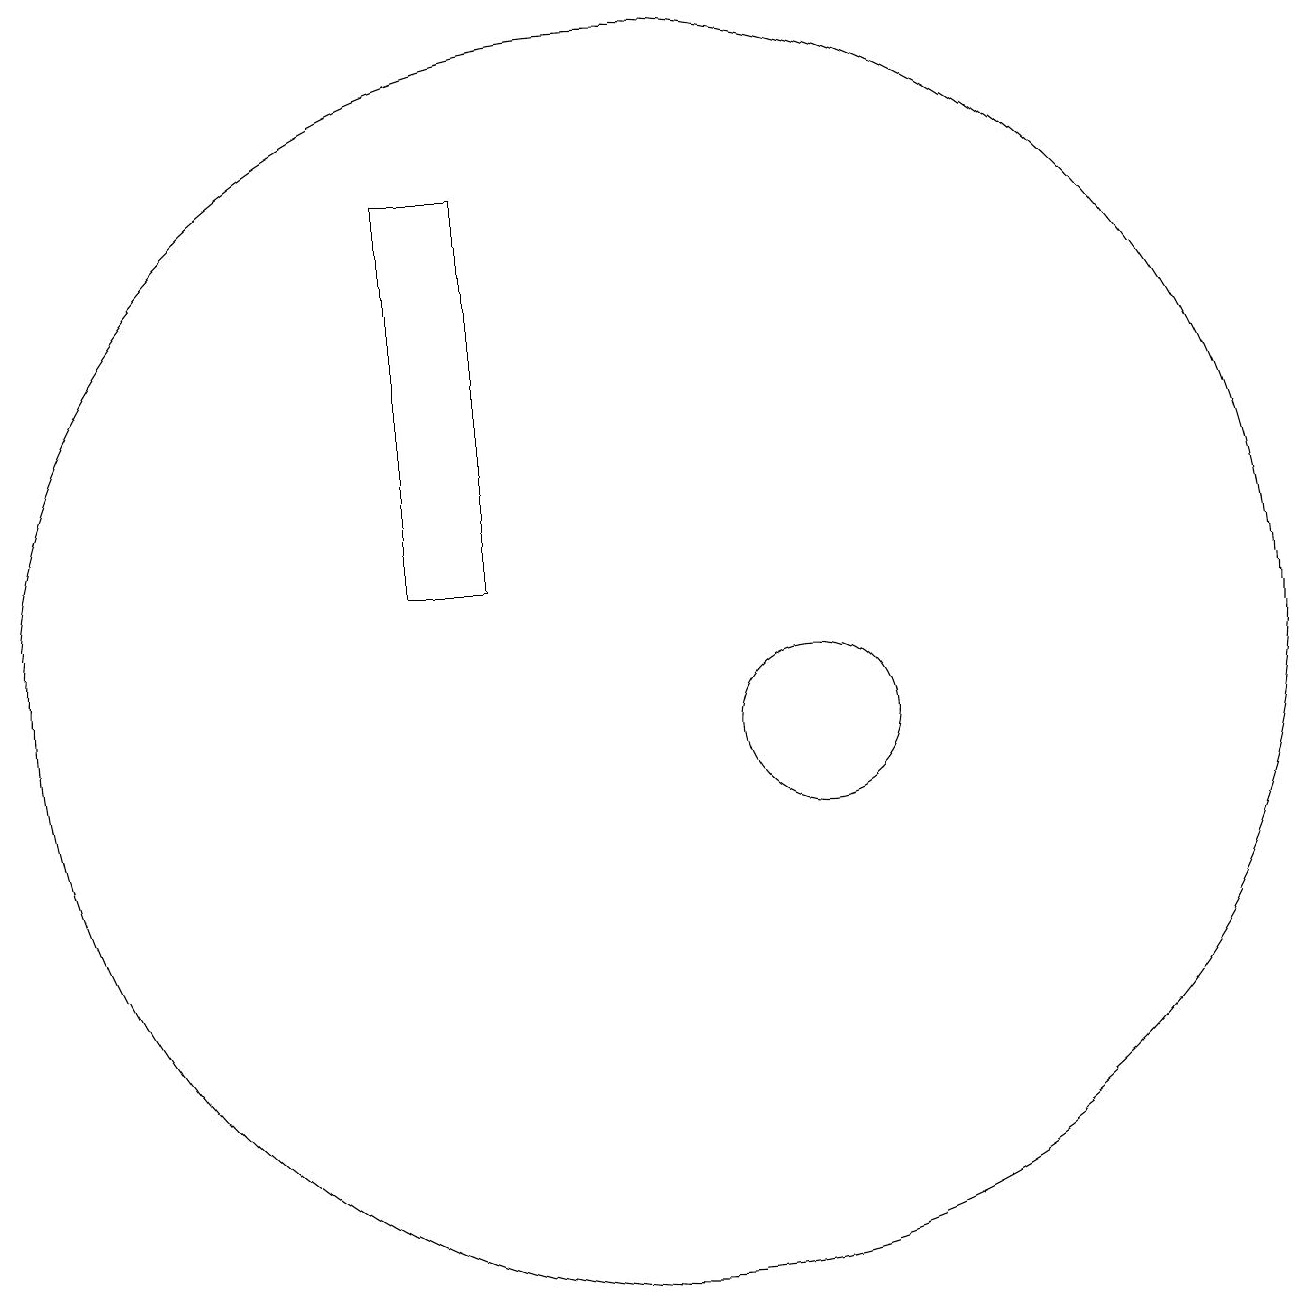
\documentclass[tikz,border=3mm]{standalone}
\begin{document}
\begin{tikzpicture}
\draw (10,11) circle (8);
\draw (12,10) circle (1);
\draw (8,17) rectangle (7,12);
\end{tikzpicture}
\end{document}